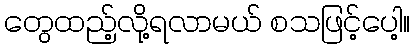
တွေထည့်လို့ရလာမယ် စသဖြင့်ပေါ့။